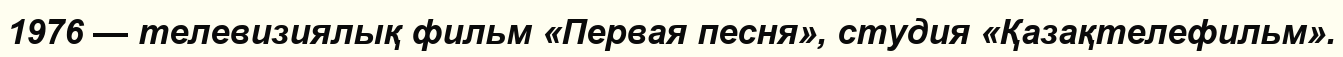
1976 — телевизиялық фильм «Первая песня», студия «Қазақтелефильм».